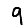
Digit: 9